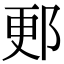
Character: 郠